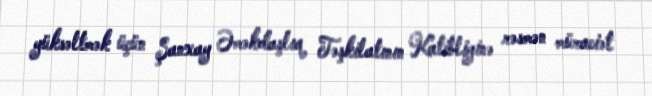
yüksəltmək üçün Şanxay Əməkdaşlıq Təşkilatının Katibliyinə rəsmən müraciət